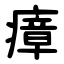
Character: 瘴